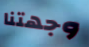
وجهتنا